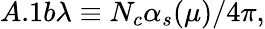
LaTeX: A.1b\lambda\equiv N_{c}\alpha_{s}(\mu)/4\pi,